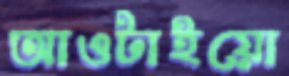
আওটাইয়ো